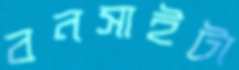
বনসাইটা